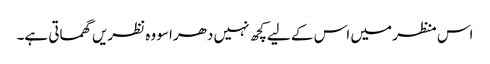
اس منظر میں اس کے لیےکچھ نہیں دھراسو وہ نظریں گھماتی ہے۔